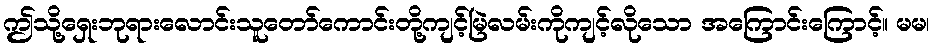
ဤသို့ရှေးဘုရားလောင်းသူတော်ကောင်းတို့ကျင့်မြဲလမ်းကိုကျင့်လိုသော အကြောင်းကြောင့်။ မမ၊